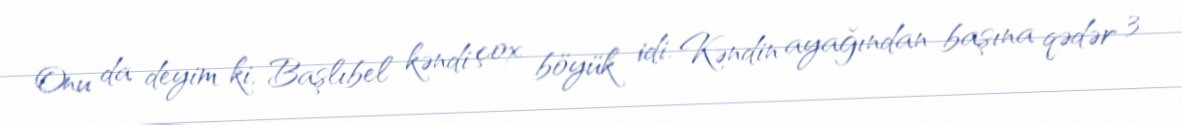
Onu da deyim ki, Başlıbel kəndi çox böyük idi. Kəndin ayağından başına qədər 3